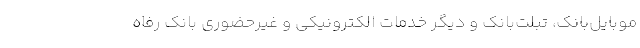
موبایل‌بانک، تبلت‌بانک و دیگر خدمات الکترونیکی و غیرحضوری بانک رفاه